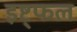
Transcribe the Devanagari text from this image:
इष्ट्फल